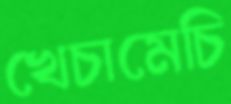
খেচামেচি